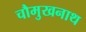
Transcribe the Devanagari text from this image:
चौमुखनाथ